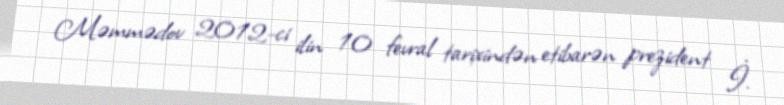
Məmmədov 2012-ci ilin 10 fevral tarixindən etibarən prezident İ.